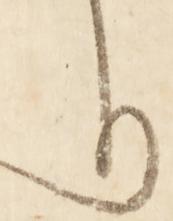
り